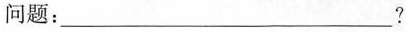
问题：___?